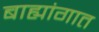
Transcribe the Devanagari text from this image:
बाह्यांगात